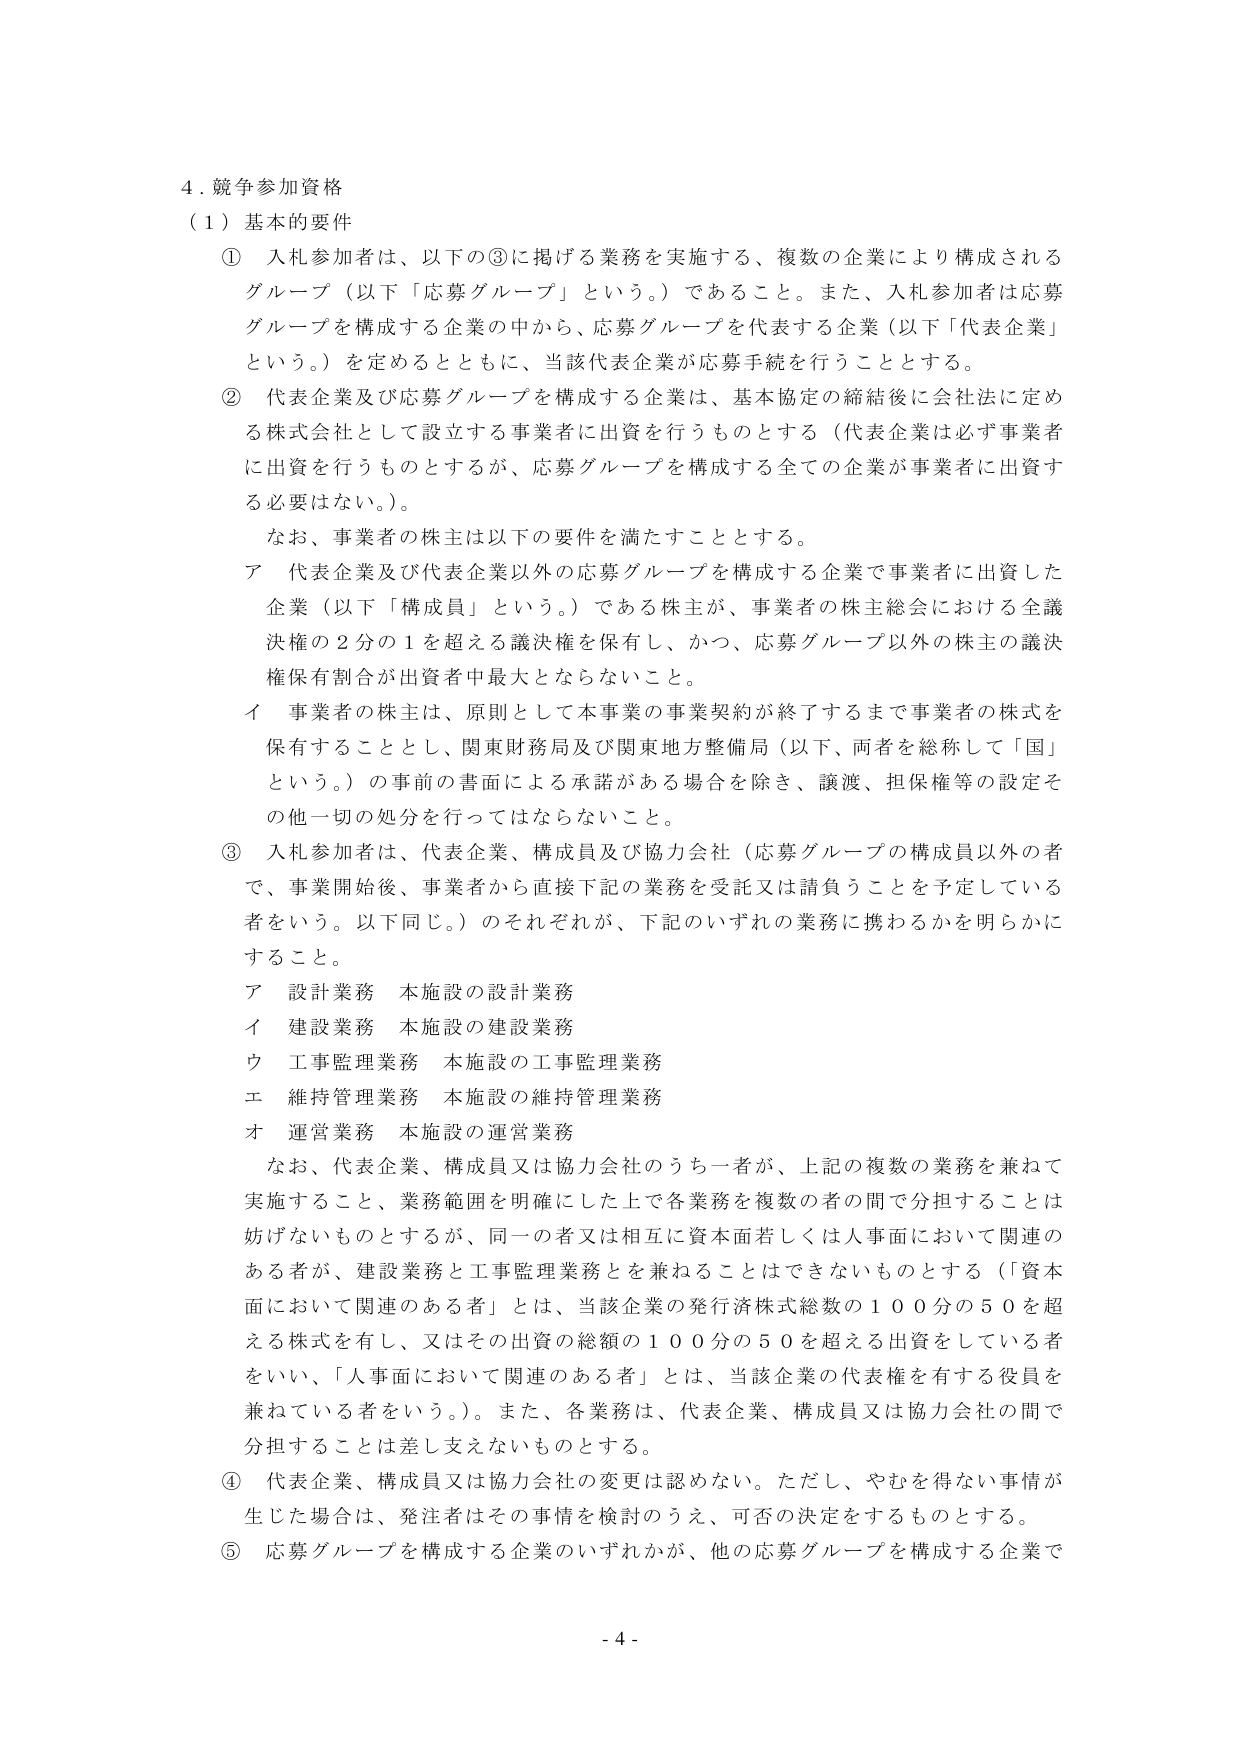
4. 競争参加資格
（1）基本的要件
① 入札参加者は、以下の③に掲げる業務を実施する、複数の企業により構成されるグループ（以下「応募グループ」という。）であること。また、入札参加者は応募グループを構成する企業の中から、応募グループを代表する企業（以下「代表企業」という。）を定めるとともに、当該代表企業が応募手続を行うこととする。
② 代表企業及び応募グループを構成する企業は、基本協定の締結後に会社法に定める株式会社として設立する事業者に出資を行うものとする（代表企業は必ず事業者に出資を行うものとするが、応募グループを構成する全ての企業が事業者に出資する必要はない。）。
　　なお、事業者の株主は以下の要件を満たすこととする。
　　ア 代表企業及び代表企業以外の応募グループを構成する企業で事業者に出資した企業（以下「構成員」という。）である株主が、事業者の株主総会における全議決権の2分の1を超える議決権を保有し、かつ、応募グループ以外の株主の議決権保有割合が出資者中最大とならないこと。
　　イ 事業者の株主は、原則として本事業の事業契約が終了するまで事業者の株式を保有することとし、関東財務局及び関東地方整備局（以下、両者を総称して「国」という。）の事前の書面による承諾がある場合を除き、譲渡、担保権等の設定その他一切の処分を行ってはならないこと。
③ 入札参加者は、代表企業、構成員及び協力会社（応募グループの構成員以外の者で、事業開始後、事業者から直接下記の業務を受託又は請負うことを予定している者をいう。以下同じ。）のそれぞれが、下記のいずれの業務に携わるかを明らかにすること。
　　ア 設計業務 本施設の設計業務
　　イ 建設業務 本施設の建設業務
　　ウ 工事監理業務 本施設の工事監理業務
　　エ 維持管理業務 本施設の維持管理業務
　　オ 運営業務 本施設の運営業務
　　なお、代表企業、構成員又は協力会社のうち一者が、上記の複数の業務を兼ねて実施すること、業務範囲を明確にした上で各業務を複数の者の間で分担することは妨げないものとするが、同一の者又は相互に資本面若しくは人事面において関連のある者が、建設業務と工事監理業務を兼ねることはできないものとする（「資本面において関連のある者」とは、当該企業の発行済株式総数の100分の50を超える株式を有し、又はその出資の総額の100分の50を超える出資をしている者をいい、「人事面において関連のある者」とは、当該企業の代表権を有する役員を兼ねている者をいう。）。また、各業務は、代表企業、構成員又は協力会社の間で分担することは差し支えないものとする。
④ 代表企業、構成員又は協力会社の変更は認めない。ただし、やむを得ない事情が生じた場合は、発注者はその事情を検討のうえ、可否の決定をするものとする。
⑤ 応募グループを構成する企業のいずれかが、他の応募グループを構成する企業で
- 4 -